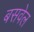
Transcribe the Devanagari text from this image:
बसवेल